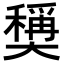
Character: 𡚕